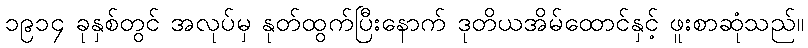
၁၉၁၄ ခုနှစ်တွင် အလုပ်မှ နုတ်ထွက်ပြီးနောက် ဒုတိယအိမ်ထောင်နှင့် ဖူးစာဆုံသည်။